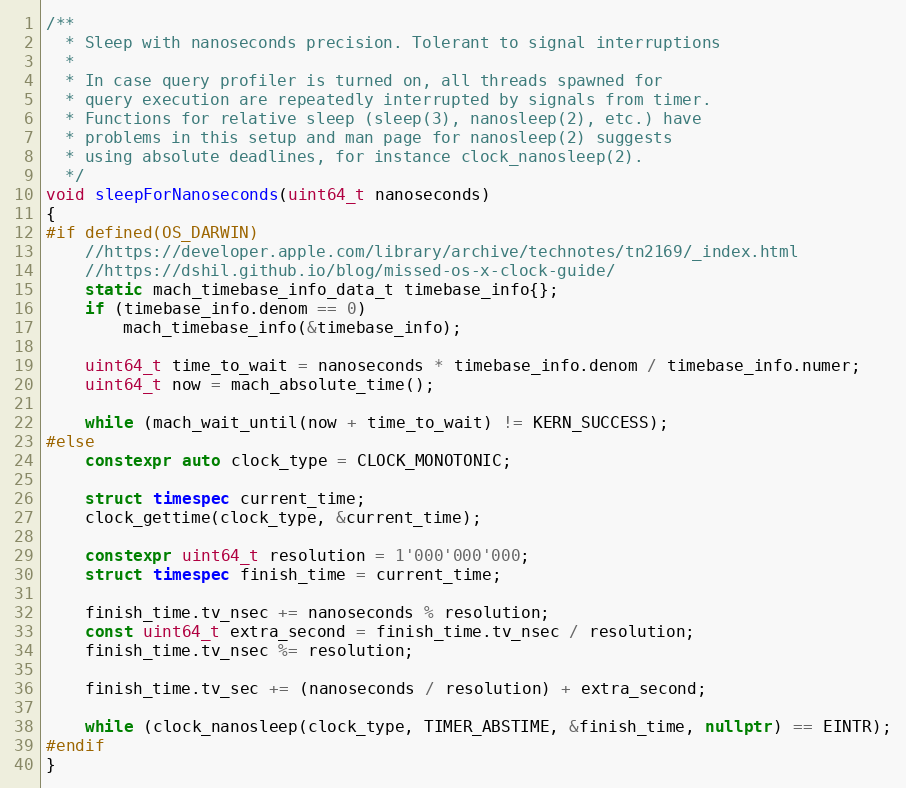
Language: C++
/**
  * Sleep with nanoseconds precision. Tolerant to signal interruptions
  *
  * In case query profiler is turned on, all threads spawned for
  * query execution are repeatedly interrupted by signals from timer.
  * Functions for relative sleep (sleep(3), nanosleep(2), etc.) have
  * problems in this setup and man page for nanosleep(2) suggests
  * using absolute deadlines, for instance clock_nanosleep(2).
  */
void sleepForNanoseconds(uint64_t nanoseconds)
{
#if defined(OS_DARWIN)
    //https://developer.apple.com/library/archive/technotes/tn2169/_index.html
    //https://dshil.github.io/blog/missed-os-x-clock-guide/
    static mach_timebase_info_data_t timebase_info{};
    if (timebase_info.denom == 0)
        mach_timebase_info(&timebase_info);

    uint64_t time_to_wait = nanoseconds * timebase_info.denom / timebase_info.numer;
    uint64_t now = mach_absolute_time();

    while (mach_wait_until(now + time_to_wait) != KERN_SUCCESS);
#else
    constexpr auto clock_type = CLOCK_MONOTONIC;

    struct timespec current_time;
    clock_gettime(clock_type, &current_time);

    constexpr uint64_t resolution = 1'000'000'000;
    struct timespec finish_time = current_time;

    finish_time.tv_nsec += nanoseconds % resolution;
    const uint64_t extra_second = finish_time.tv_nsec / resolution;
    finish_time.tv_nsec %= resolution;

    finish_time.tv_sec += (nanoseconds / resolution) + extra_second;

    while (clock_nanosleep(clock_type, TIMER_ABSTIME, &finish_time, nullptr) == EINTR);
#endif
}